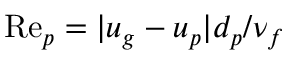
\mathrm { R e } _ { p } = | u _ { g } - u _ { p } | d _ { p } / \nu _ { f }